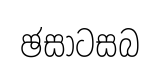
ඡසාටසබ